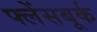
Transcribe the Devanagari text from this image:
फ्लेंसबूर्क